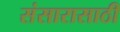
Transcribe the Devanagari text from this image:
संसारासाठी